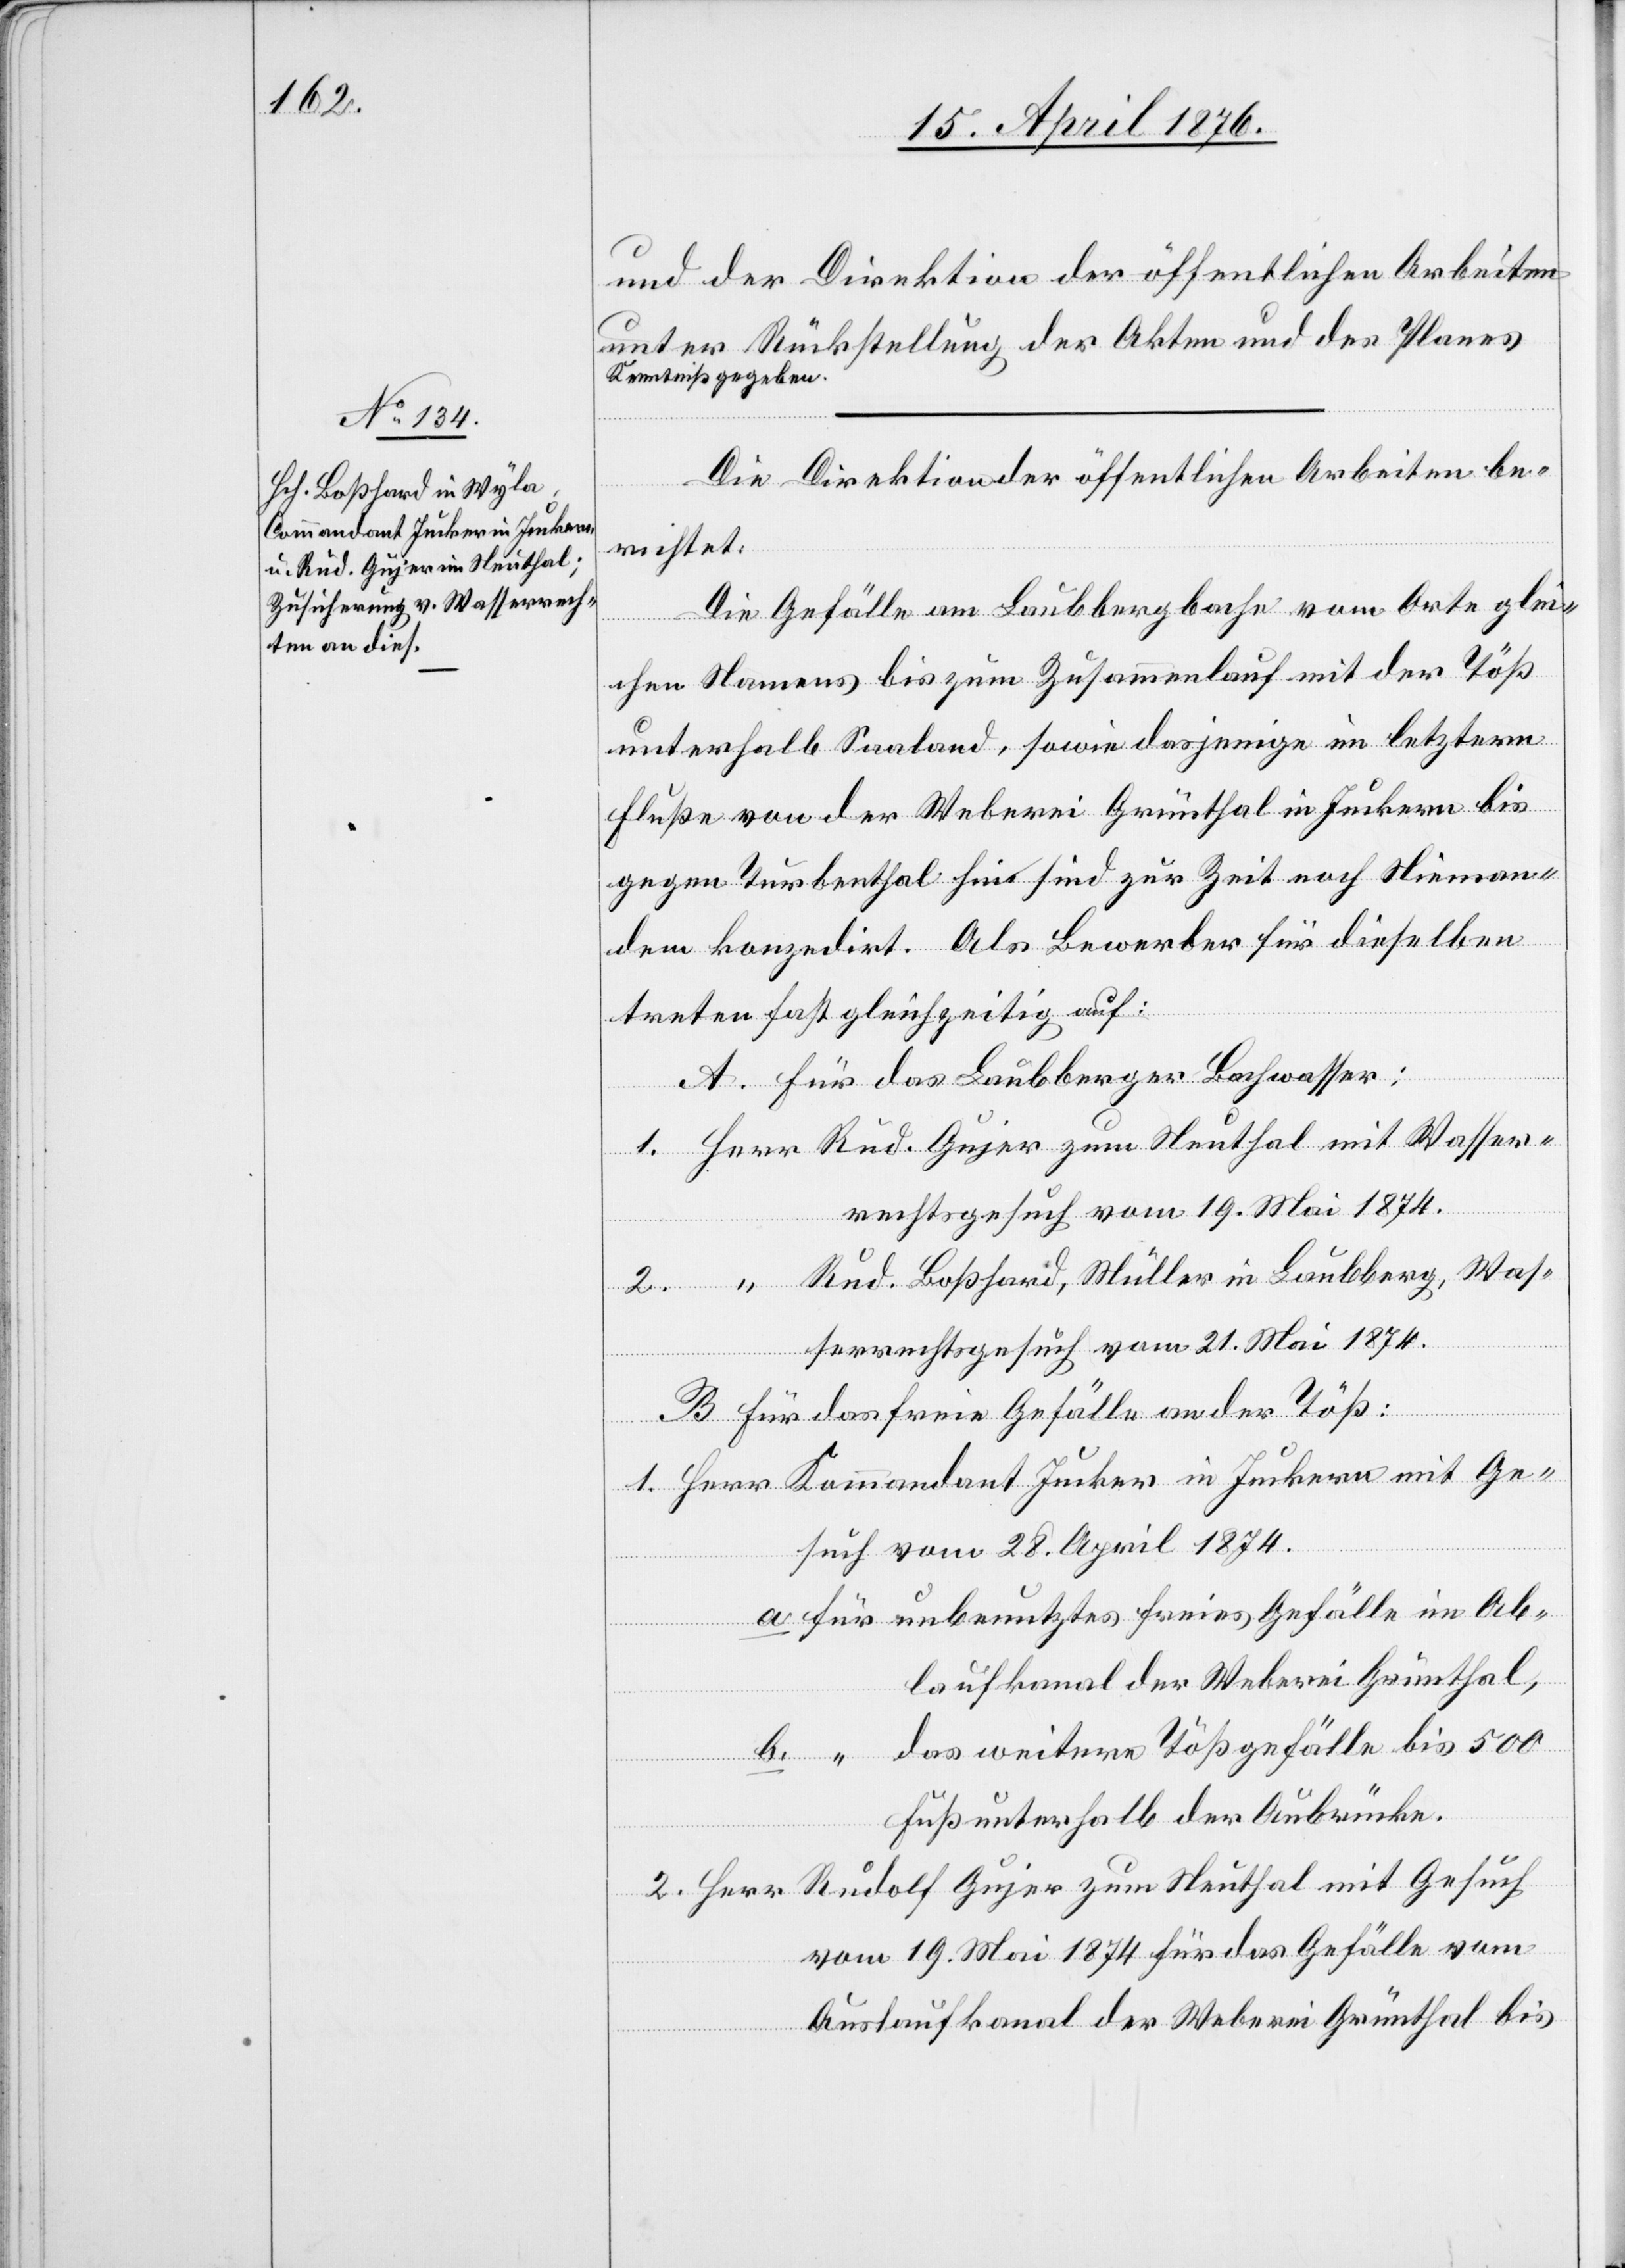
Kommandant Jucker in Juckern
Rud. Gujer zum Neuthal

und der Direktion der öffentlichen Arbeiten
unter Rückstellung der Akten und des Planes
Kenntniß gegeben.
Die Direktion der öffentlichen Arbeiten be¬
Gesuch
richtet:
Die Gefälle am Laubbergbache vom Orte glei¬
chen Namens bis zum Zusammenlauf mit der Töß
unterhalb Saaland, sowie dasjenige im letztern
Fluße von der Weberei Grünthal in Juckern bis
gegen Turbenthal hin sind zur Zeit noch Nieman¬
dem konzedirt. Als Bewerber für dieselben
mit
treten fast gleichzeitig auf:
A. für das Laubberger Bachwasser:
rechtgesuch vom 19. Mai 1874.
Herr
Rud. Boßhard, Müller in Laubberg, Was¬
serrechtsgesuch vom 21. Mai 1874.
B. für das freie Gefälle an der Töß:
such vom 28. April 1874.
a. für unbenutztes freies Gefälle im Ab¬
laufkanal der Weberei Grünthal,
b. “ das weitere Tößgefälle bis 500
Fuß unterhalb der Aubrücke.
vom 19. Mai 1874 für das Gefälle vom
Auslaufkanal der Weberei Grünthal bis

“